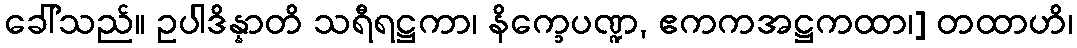
ခေါ်သည်။ ဥပါဒိန္နာတိ သရီရဋ္ဌကာ၊ နိက္ခေပဏ္ဍ, ဧကကအဋ္ဌကထာ၊] တထာဟိ၊